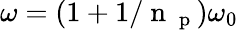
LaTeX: \omega=(1+1/\mathrm{~n~}_{\mathrm{~p~}})\omega_{0}